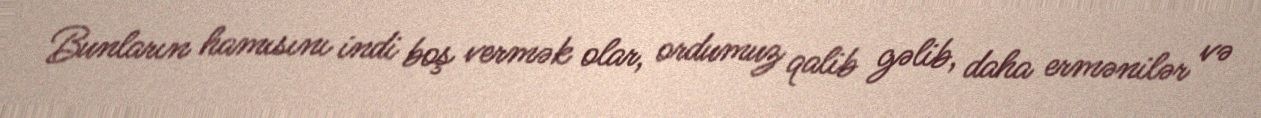
Bunların hamısını indi boş vermək olar, ordumuz qalib gəlib, daha ermənilər və